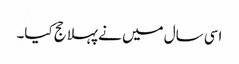
اسی سال میں نے پہلا حج کیا۔